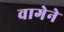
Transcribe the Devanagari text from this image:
वागेने